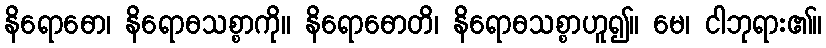
နိရောဓော၊ နိရောဓသစ္စာကို။ နိရောဓောတိ၊ နိရောဓသစ္စာဟူ၍။ မေ၊ ငါဘုရား၏။